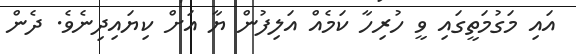
އައި މަގުމަތީގައި ވީ ހުރިހާ ކަމެއް އަލިފުން ޔާ އަށް ކިޔައިދިނެވެ. ދެން